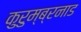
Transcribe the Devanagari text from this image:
कुरुम्ब्रनाड